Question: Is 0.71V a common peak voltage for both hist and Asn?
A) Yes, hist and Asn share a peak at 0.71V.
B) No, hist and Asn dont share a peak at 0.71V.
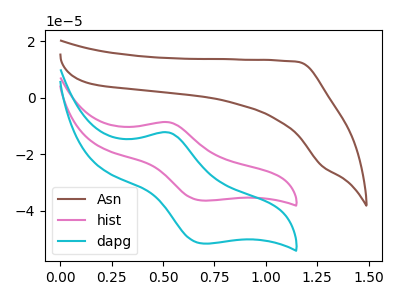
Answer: <think>The brown curve "Asn" has no peaks. The pink curve "hist" has an anodic peak at (0.50V, -8.65uA) and a cathodic peak at (0.70V, -36.30uA). The cyan curve "dapg" has an anodic peak at (0.50V, -12.25uA) and a cathodic peak at (0.70V, -51.50uA).</think>
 <answer>B) No, "hist" and "Asn" dont share a peak at 0.71V.</answer>
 <eval>B</eval>